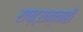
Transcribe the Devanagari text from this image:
राष्ट्रान्नाही